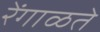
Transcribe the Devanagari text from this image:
रेंगाळते